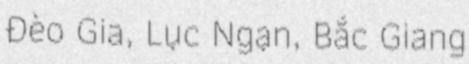
Đèo Gia, Lục Ngạn, Bắc Giang